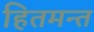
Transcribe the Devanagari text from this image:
हितमन्त